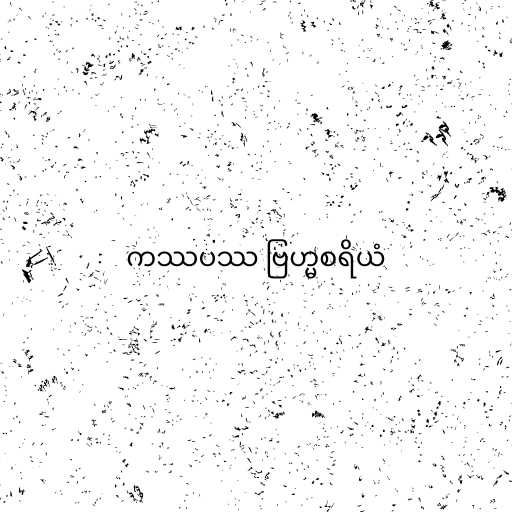
ကဿပဿ ဗြဟ္မစရိယံ